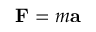
\mathbf { F } = m \mathbf { a }